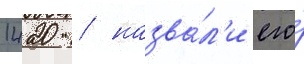
1420 / назва́л'и его́